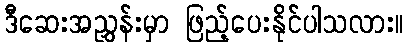
ဒီဆေးအညွှန်းမှာ ဖြည့်ပေးနိုင်ပါသလား။